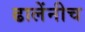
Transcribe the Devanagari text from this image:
ढालेंनीच